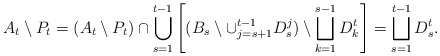
\begin{align*} {A}_t\setminus {P}_t=({A}_t\setminus {P}_t)\cap \bigcup_{s=1}^{t-1}\left[({B}_s\setminus \cup_{j=s+1}^{t-1}D_s^j)\setminus\bigsqcup_{k=1}^{s-1} D_k^t \right]=\bigsqcup_{s=1}^{t-1} D_s^t. \end{align*}